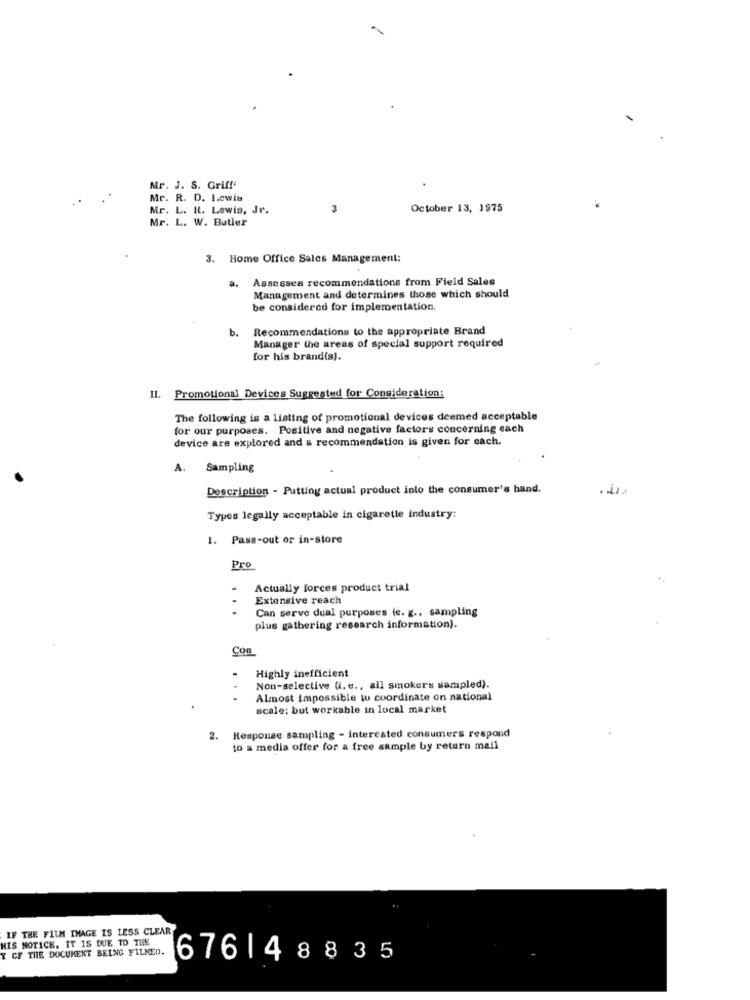
Mr. J. S. Griff
Mr. R. D. I.ewis
Mr. L. R. Lewis, Jr.
3
October 13, 1975
Mr. L. W. Butler
3. Home Office Sales Management:
Assesses recommendations from Field Sales
a,
Management and determines those which should
be considered for implementation.
b. Recommendations to the appropriate Brand
Manager the areas of special support required
for his brand(s).
II. Promotional Devices Suggested for Consideration:
The following is a listing of promotional devices deemed acceptable
for our purposes. Positive and negative factors concerning each
device are explored and a recommendation is given for each.
A.
Sampling
Description - Putting actual product into the consumer's hand.
Types legally acceptable in cigarette industry:
1. Pass-out or in-store
Pro
..
Actually forces product trial
Extensive reach
Can serve dual purposes (e. g .. sampling
plus gathering research information).
Con
.
Highly inefficient
Non-selective (i. e ., all smokers sampled).
...
Almost impossible to coordinate on national
scale; but workable in local market
2. Response sampling - interested consumers respond
to a media offer for a free sample by return mail
IF THE FILM IMAGE IS LESS CLEAR
HIS NOTICE, IT IS DUE TO THE
Y CF THE DOCUMENT BEING FILMED.
6761 48835